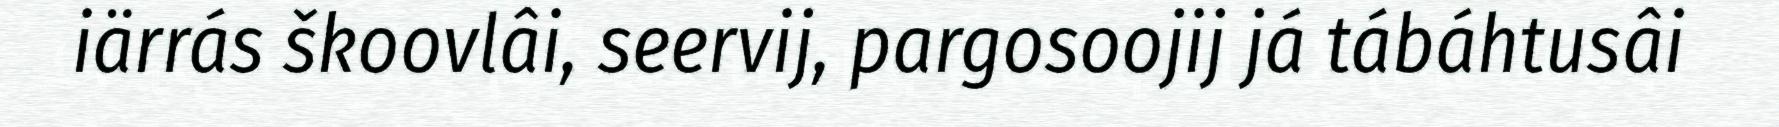
iärrás škoovlâi, seervij, pargosoojij já tábáhtusâi